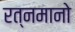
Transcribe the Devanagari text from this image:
रत्नमानो